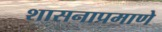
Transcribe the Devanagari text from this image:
शासनाप्रमाणे